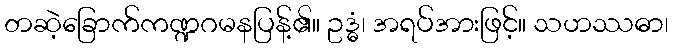
တဆဲ့ခြောက်ကဏ္ဍဂမနပြန့်၏။ ဥဒ္ဓံ၊ အရပ်အားဖြင့်။ သဟဿဓာ၊